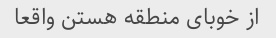
از خوبای منطقه هستن واقعا